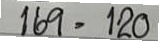
169 = 120